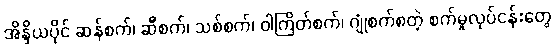
အိန္ဒိယပိုင် ဆန်စက်၊ ဆီစက်၊ သစ်စက်၊ ဝါကြိတ်စက်၊ ဂျုံစက်စတဲ့ စက်မှုလုပ်ငန်းတွေ